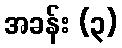
အခန်း (၃)